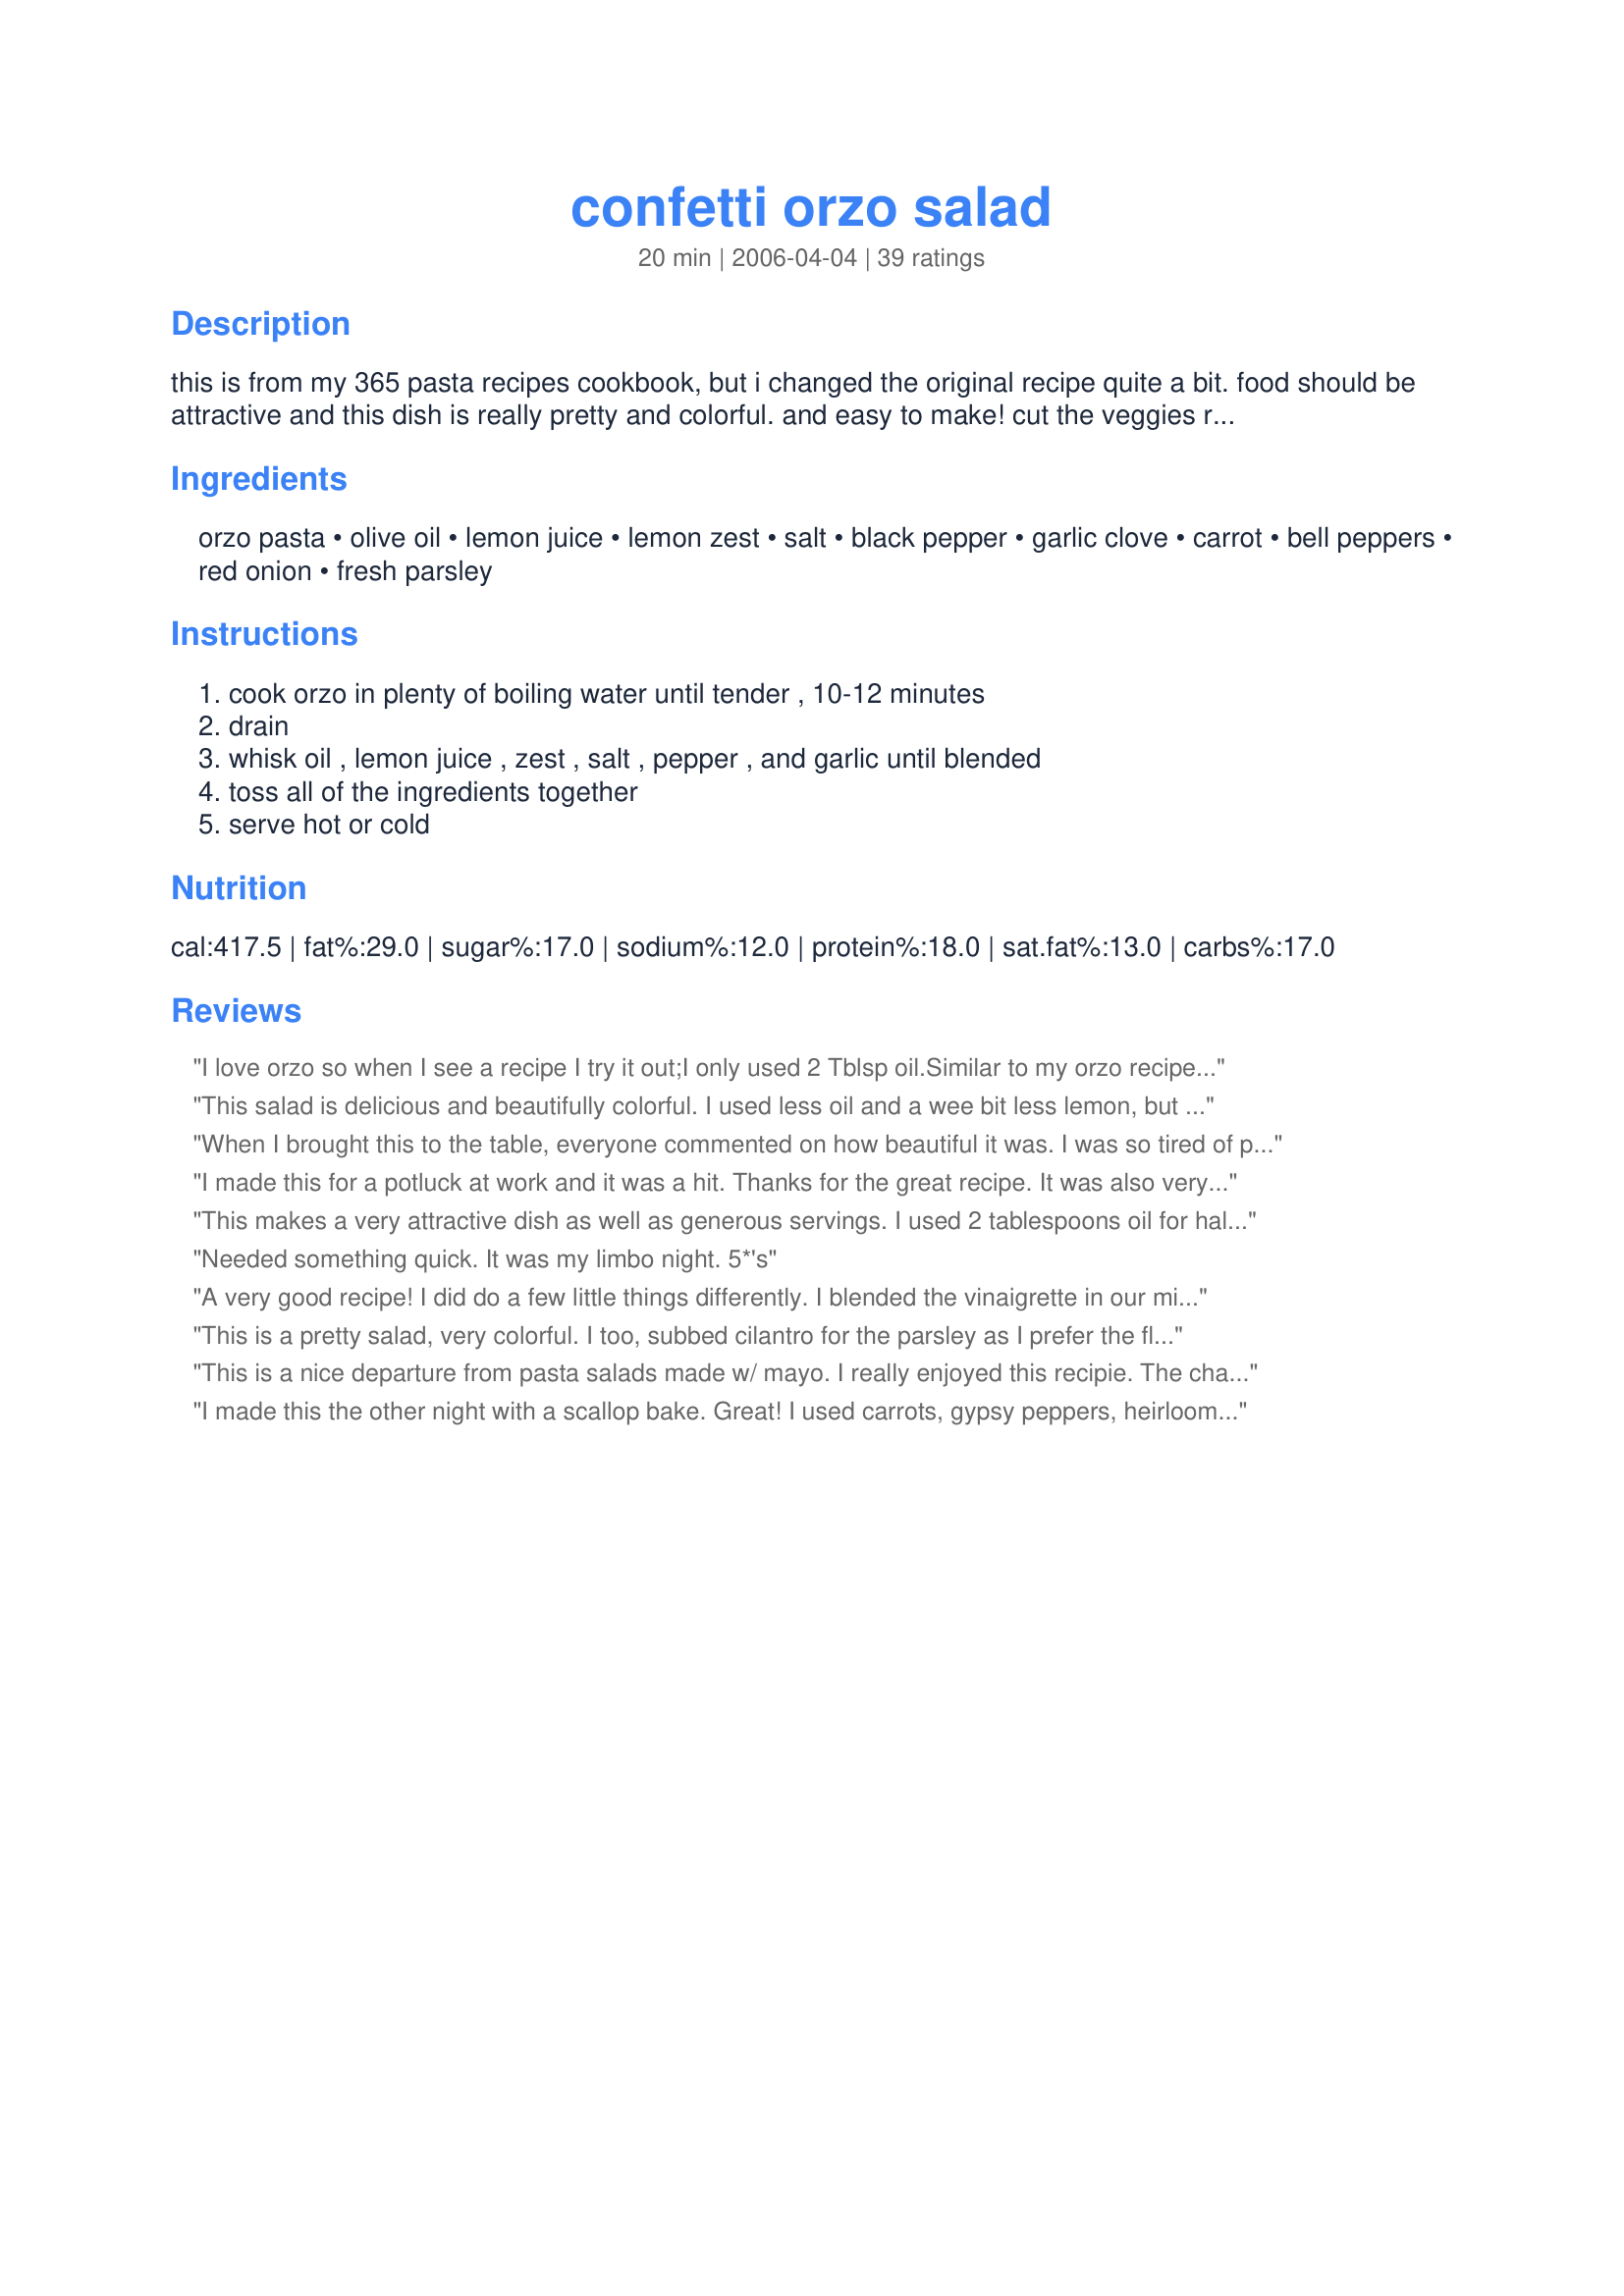
confetti orzo salad
Preparation time: 20 minutes

this is from my 365 pasta recipes cookbook, but i changed the original recipe quite a bit. food should be attractive and this dish is really pretty and colorful. and easy to make! cut the veggies really tiny. this is a great dish for work lunches because it is good hot or cold.

Ingredients:
orzo pasta, olive oil, lemon juice, lemon zest, salt, black pepper, garlic clove, carrot, bell peppers, red onion, fresh parsley

Steps:
cook orzo in plenty of boiling water until tender , 10-12 minutes, drain, whisk oil , lemon juice , zest , salt , pepper , and garlic until blended, toss all of the ingredients together, serve hot or cold

Reviews:
I love orzo so when I see a recipe I try it out;I only used 2 Tblsp oil.Similar to my orzo recipe that I serve hot. I served yours cold and it was very good!Thanks for sharing.
This salad is delicious and beautifully colorful. I used less oil and a wee bit less lemon, but otherwise followed along. We love it!
When I brought this to the table, everyone commented on how beautiful it was. I was so tired of pasta or potato salad with a mayo base and this recipe caught my eye. I also cut down on the olive oil and threw the veggies all in the food processor. Drained the veggies and tossed with the orzo and dressing.
Wonderful! Served it with chicken and fresh broccoli.
I made this for a potluck at work and it was a hit. Thanks for the great recipe. It was also very easy to make (which I loved). I will most certainly make this again.
This makes a very attractive dish as well as generous servings. I used 2 tablespoons oil for half a recie which was plenty. As Susie D did, I used cilantro in place of the parsley. It has a nice blending of flavors and was served at room temperature.
Needed something quick. It was my limbo night. 5*'s
A very good recipe! I did do a few little things differently. I blended the vinaigrette in our mini countertop blender instead of whisking it. The result was a very frothy, almost creamy vinaigrette. I also added a shallot to the vinaigrette. I too used fresh cilantro in place of parsley. Finally, I also omitted the carrot and just used more bell peppers and red onion. Really very tasty and we're looking forward to enjoying it for our 4th of July picnic. Thanks for sharing.
This is a pretty salad, very colorful. I too, subbed cilantro for the parsley as I prefer the flavor. This is easy to put together. I plan to take this to my next potluck. Thanks dicooks for sharing your recipe!
This is a nice departure from pasta salads made w/ mayo. I really enjoyed this recipie. The changes I made were to grill the peppers & onions to give it a smokey flavor. I also added dried oregano & parmesan cheese to the finished product & ended with a splash of straight lemon juice prior to serving. This one is a keeper. Feta cheese would be great on this too, I'm gonna try it next time around.
I made this the other night with a scallop bake. Great! I used carrots, gypsy peppers, heirloom tomatoes & a regular yellow onion. I also just used dry parsley. I too used less olive oil but just eyeballed it...I served it cold, it seemed odd having it warm with fresh veggies in it. Great staple for many meals!
This made a very nice lunch. I used 1/4 cup olive oil instead of the full 1/3 cup, and I thought that was enough. The only other change I made was to use more parsley than called for. For me, this recipe made 8 servings (definitely more than 4). This tastes really fresh and uncomplicated. Thanks for posting!
Delicious! I love the colors and the flavor! I also added cilantro and veggie toppings Parmesan cheese. I ate this cold and it was great!
A wonderfully refreshing salad. What I liked the best was how mellow the tastes were. I reduced the oil to 1/4 cup and served it cold. I will definitely use this recipe again and might try adding different veggies to see how it tastes. Thank you for sharing!
Wow this was good! I added sprouted lentils, a little mozzarella, and avocado (a ripe avocado contributed great flavor and lentils add protein). I liked it much better after it was chilled a few hours. Thanks so much for posting!
This was really good. I liked that it was so easy to sub ingredients in for the things we don't like. The dressing is a little strong when tasted by itself but it's perfect on the salad!!
I just finished making a big batch for lunches this week. I had to try it while putting it in tupperware; it is so good! I also used less oil like everyone is saying. I sprinkled some feta on top like some others suggested as well--not because it needs the extra flavor, but because I need the extra protein. Tasty with or without the feta. And so cheap (about $3 for about 4 lunch servings) and easy! ----- Updated 2018: I still make this recipe. I just made a batch using 1 box of orzo, 1 red pepper, 2 yellow peppers, most of a .75lb baby carrots, 1.5 cucumbers, 1.5lb of grape tomatoes, about 1/4 cup of olive oil, 1/4 cup of lemon juice, 2tsp of garlic heated in the oil, 1tsp lemon zest, and salt &amp; pepper to taste. It yielded more than 12 cups.
This was really good...it got rave reviews at my dinner party last weekend. I only gave it 4 starts because it was just a little bland for me. I ended up squirting in some Italian dressing right before serving. Everyone commented on the light flavor and bright colors. It looked so summery. I put all of my veggies in my food processor so they were really small. It was almost like a pepper salsa. Overall, this was good and I think I would make it again.
My first ever orzo recipe. I left out the carrots; used less bell pepper; yellow onion instead of red & dried parsley rather than fresh. I added tomato, cucumber, & green peas. After tossing the salad with dressing, I thought the taste was rather bland, so I added some feta cheese as suggested in some other reviews and that was just the right ingredient to rev up the flavor.
This is a very good recipe. The only change I made was to boil my orzo in chicken broth to add a little more flavor. This recipe does not need as much olive oil as the recipe states so I suggest going with a smaller amount then once you stir it together you can always add more to suit your tastes.I like to make this the day before serving and store it in the fridge so that the flavors have a chance to mix and mingle together. Thanks for sharing this recipe dicentra. :)
Yummy! Didn't have bell peppers but it was still good. I also ended up squirting on Italian dressing. Will make again.
Really yummy and pretty! I used lime juice because I didn't have lime zest but it still gave it a little tangy taste. I only used about 1 teaspoon of lime juice. I also cut the recipe in half since there are only 2 people eating and it was plenty. Will definitely make it again.
I followed the reviews' advice and only used 2 tablespoons of olive oil. I used extra lemon juice, since I like it tangy. I also used scallions instead of red onion. The amount of bell peppers is the perfect amount to make sure you have a bit of a bite in every forkful if you mince it small, like the recipe recommends. I think I'll toss in some simple broiled salmon to make it a full meal next time.
This sounds wonderful - I love orzo - such a great comfort food. I too would boil this in chicken broth and I would add in some grated parmesan with the vegetables. I make orzo with just parmesan and parsley and a little lemon juice mixed in and it is easy and delicious. Can't wait to try this recipe.
First off, I loved the "mouth feel" of this salad. Its really good, I did add some more seasoning, but otherwise followed your directions. The orzo is really a different pasta then we are used to, we liked it. Thank you for sharing this with us. It is really good after sitting overnight.
Made this for an anniversary party & it got rave reviews. I used an entire box of orzo so I stayed with the olive oil measurement. I doubled the lemon. So easy & it's nice to have a pasta salad made without mayonnaise. Huge hit, this will be come a regular summer side. It got better as it sat in the fridge.
Everybody that I have made this for like this. I've made this a couple of times already with different types of pasta. One time I added in some olives and shredded chicken for protein,another time tomatoes. I always use less oil than called for, maybe 1/8 of a cup.
I made this twice for trips in our motorhome and both times I used sweet potato orzo that I happened to find at a local shop. My husband told me I could make this as often as I wanted with absolutely no complaints from him! We are leaving in two days for another trip. This time I have a bag of lemon orzo to try!!
Pretty salad! I used about 2 tbsp olive oil and a lime instead of a lemon (all I had on hand). Very good!! Thanks!!
I made this for the ZWT 2006 and have to say, what a pretty looking salad, and it tastes great, too! I halved the recipe and used fresh corriander/cilantro instead of the parsley, as I'm not so keen on parsley, apart from that I followed the recipe. I wasn't so keen on it warm but it tastes really good at room temperature, when the flavours have blended together. The raw peppers, carrot and onion add a nice crunch to the smooth orzo. The only thing I would change, was to maybe reduce the amount of olive oil just a little. I'll make this again, because as you said it makes a great salad to take to work and I can imagine it going down really well at a bbq with grilled fish, chicken or meat! Thanks for sharing.
This was really delicious. I too used less olive oil maybe an 1/8th of a cup and just the juice and zest of one lemon -didnt bother measuring. I also grated the carrot as my husband will pick them out if I don't. Nice salad to go along with our burgers tonight.
Delicious! I made just a couple of changes: I only used 1/4 c of oil, and I used limes instead of lemons because that's what I had. I served it cold, as a lunch main dish with some feta chunks in it. I might try adding some grilled chicken, too.
What a beautiful salad! After adding lemon, garlic & olive oil, I threw in some oregano - seemed only proper. ;) This would be perfect for picnics. Thank you!
Love this salad but needed to make a few &quot;tweaks&quot; with the ingredients.Use a little less olive oil. Increase lemon juice to 4 Tbsp. Add 1/4-1/2 tsp of oregano. Mix well. (test-taste for your preference).
I use red, orange and yellow bell peppers. Use 1/4 bag of spinach-rinse, remove stems and coarsely chop. Omit parsley and carrot. I use seedless/regular cucumber-1/2 of a large one peeled and chop/slice as desired. Add 1/2 dozen each large green and Kalamata olives, sliced in halves or quarters. Finally, what&#039;s a good Greek salad without Feta cheese? I use about 1/2 cup of Feta crumbles. Mix all veggies and add once pasta has cooled. I use salt but no pepper. Add Feta cheese to salad.Toss again. Add dressing and toss well. I serve it cooled. Just a few suggestions. Experiment away!!
This looked really pretty, I made it the day before so the flavors could intensify. Just not nearly enough flavor for us though.
I made this for DH so he'd have something around to eat instead of chips and unhealthy snacks. He really liked this- we both did. I topped this tasty little salad with fresh mozzarella chunks for some added protein. Thanks so much for posting this! I'll be making this again.
Made this twice in the last week and it was such a hit at both parties. Took the easy way out and used bottled Italian dressing on the second day. Both ways were great. For vegetables I added roasted red peppers, cucumber, red onion, grated carrots and feta cheese. Will be making this again but not for a while as everyone now has the recipe. Thanks.
This was a great salad to make ahead as it lasts well in the fridge and it looks very attractive with all the little colourful crispy vegetables. I reduced the oil a little in this recipe and added a cup of drained corn kernels to it. It made a great accompaniment to some chicken souvlakia I had grilled. The next day I added some chopped fried bacon to it and ate it as a main meal. Yum!
dicentra, This recipe is AWESOME!!! It is easy to pull together. I chopped the veggies in my Vadalia chopper (left out the carrots, to suit our taste). I took your suggestion and cut down a lot on the olive oil. I cooke the orzo in chicken broth and added cilantro and grated parmesan as per other reviews. I can't wait to have it cold tomorrow for lunch. I think I'll add some leftover steak from tonight for protein. MMMMMMMMMM!
So good I had to make it a second time in less than a week! It has lots of possibilities for embellishment too - cheese (feta?), cubed meat? etc. Mmmmm!
